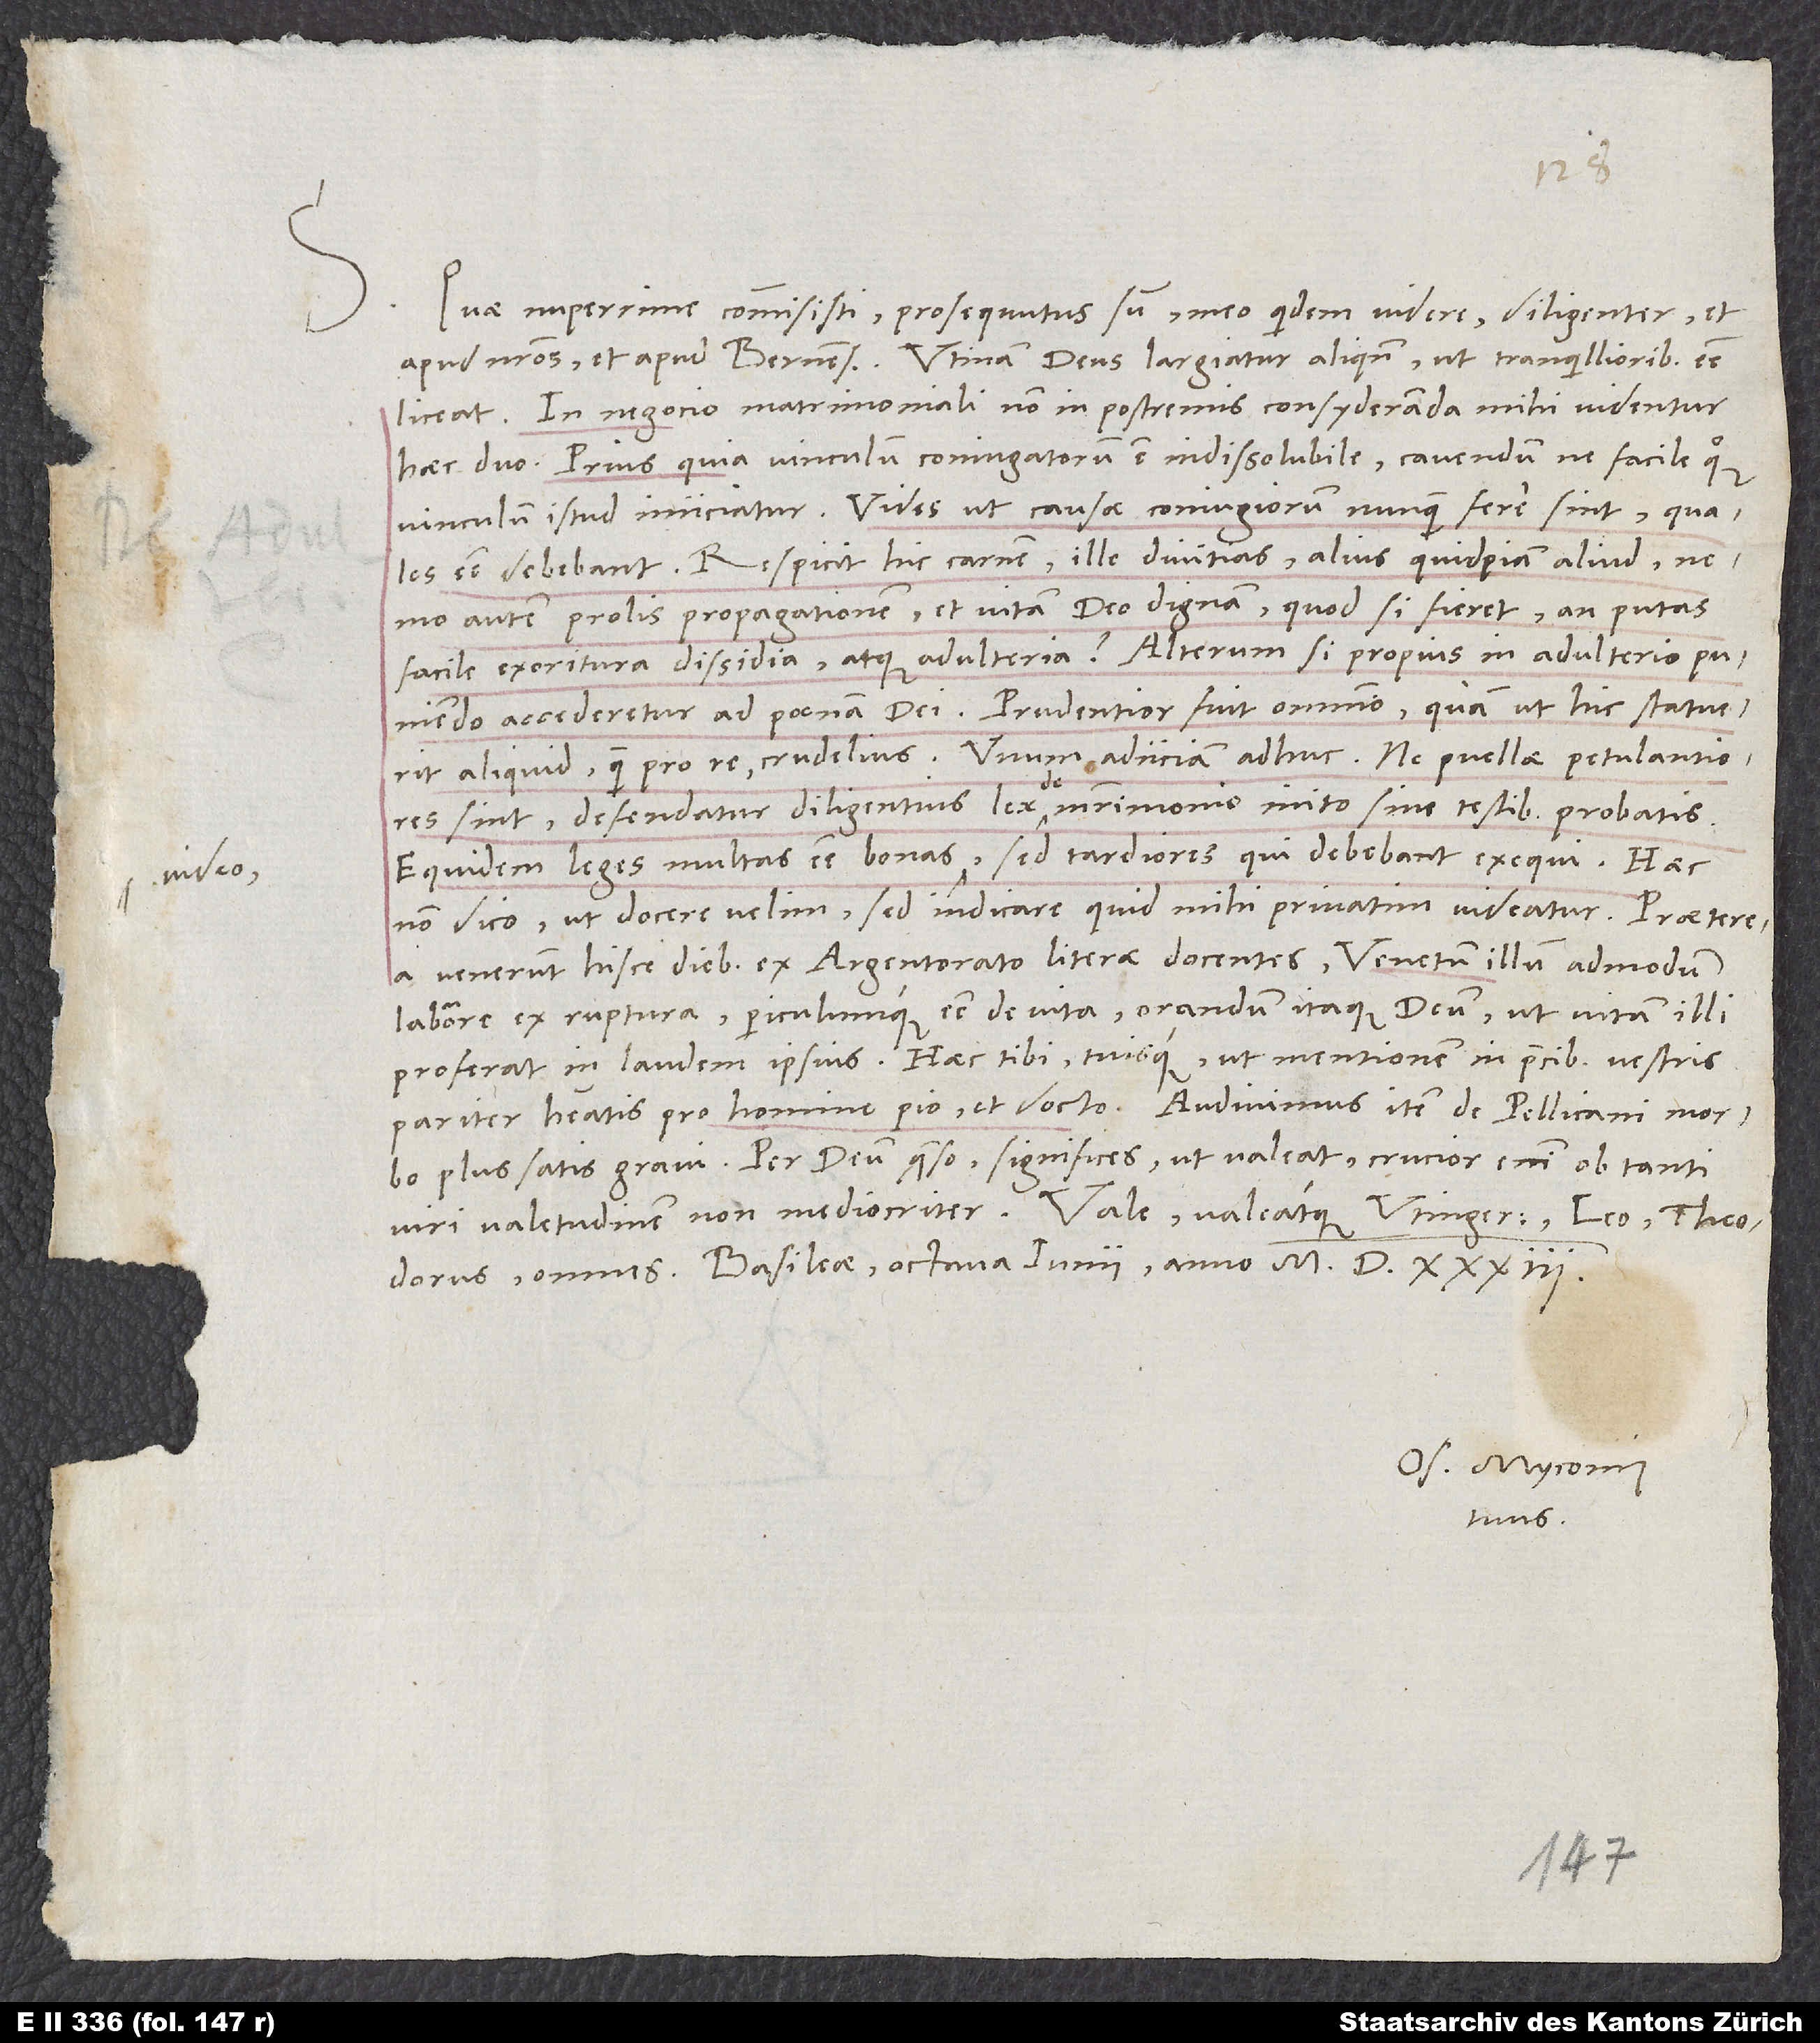
Quae nuperrime commisisti, prosequutus sum, meo quidem videre diligenter et
apud nostros et apud Bernenses. Utinam deus largiatur aliquando, ut tranquillioribus esse
In negocio matrimoniali non in postremis consyderanda mihi videntur
haec duo: Prius, quia vinculum coniugatorum est indissolubile, cavendum, ne facile quoque
vinculum istud iniiciatur. Vides, ut causae coniugiorum nunquam fere sint, quales
esse debebant. Respicit hic carnem, ille divitias, alius quidpiam aliud, nemo
autem prolis propagationem et vitam deo dignam. Quod si fieret, an putas
facile exoritura dissidia atque adulteria? Alterum, si propius in adulterio puniendo
accederetur ad poenam dei. Prudentior fuit omnino, quam ut hic statuerit
aliquid quam pro re crudelius. Unum adiiciam adhuc: ne puellae petulantiores
sint, defendatur diligentius lex de matrimonio inito sine testibus probatis.
Equidem leges multas esse bonas video, sed tardiores, qui debebant exequi. Haec
non dico, ut docere velim, sed indicare, quid mihi privatim videatur.
venerunt hisce diebus ex Argentorato literae docentes Venetum illum admodum
laborare ex ruptura periculumque esse de vita. Orandum itaque deum, ut vitam illi
proferat in laudem ipsius. Haec tibi tuisque, ut mentionem in precibus vestris
pariter habeatis pro homine pio et docto. Audivimus item de Pellicani morbo
plus satis gravi. Per deum quaeso significes, ut valeat. Crucior enim ob tanti
omnes., Basileae, octava iunii anno 1533.
Os. Myconius
tuus.